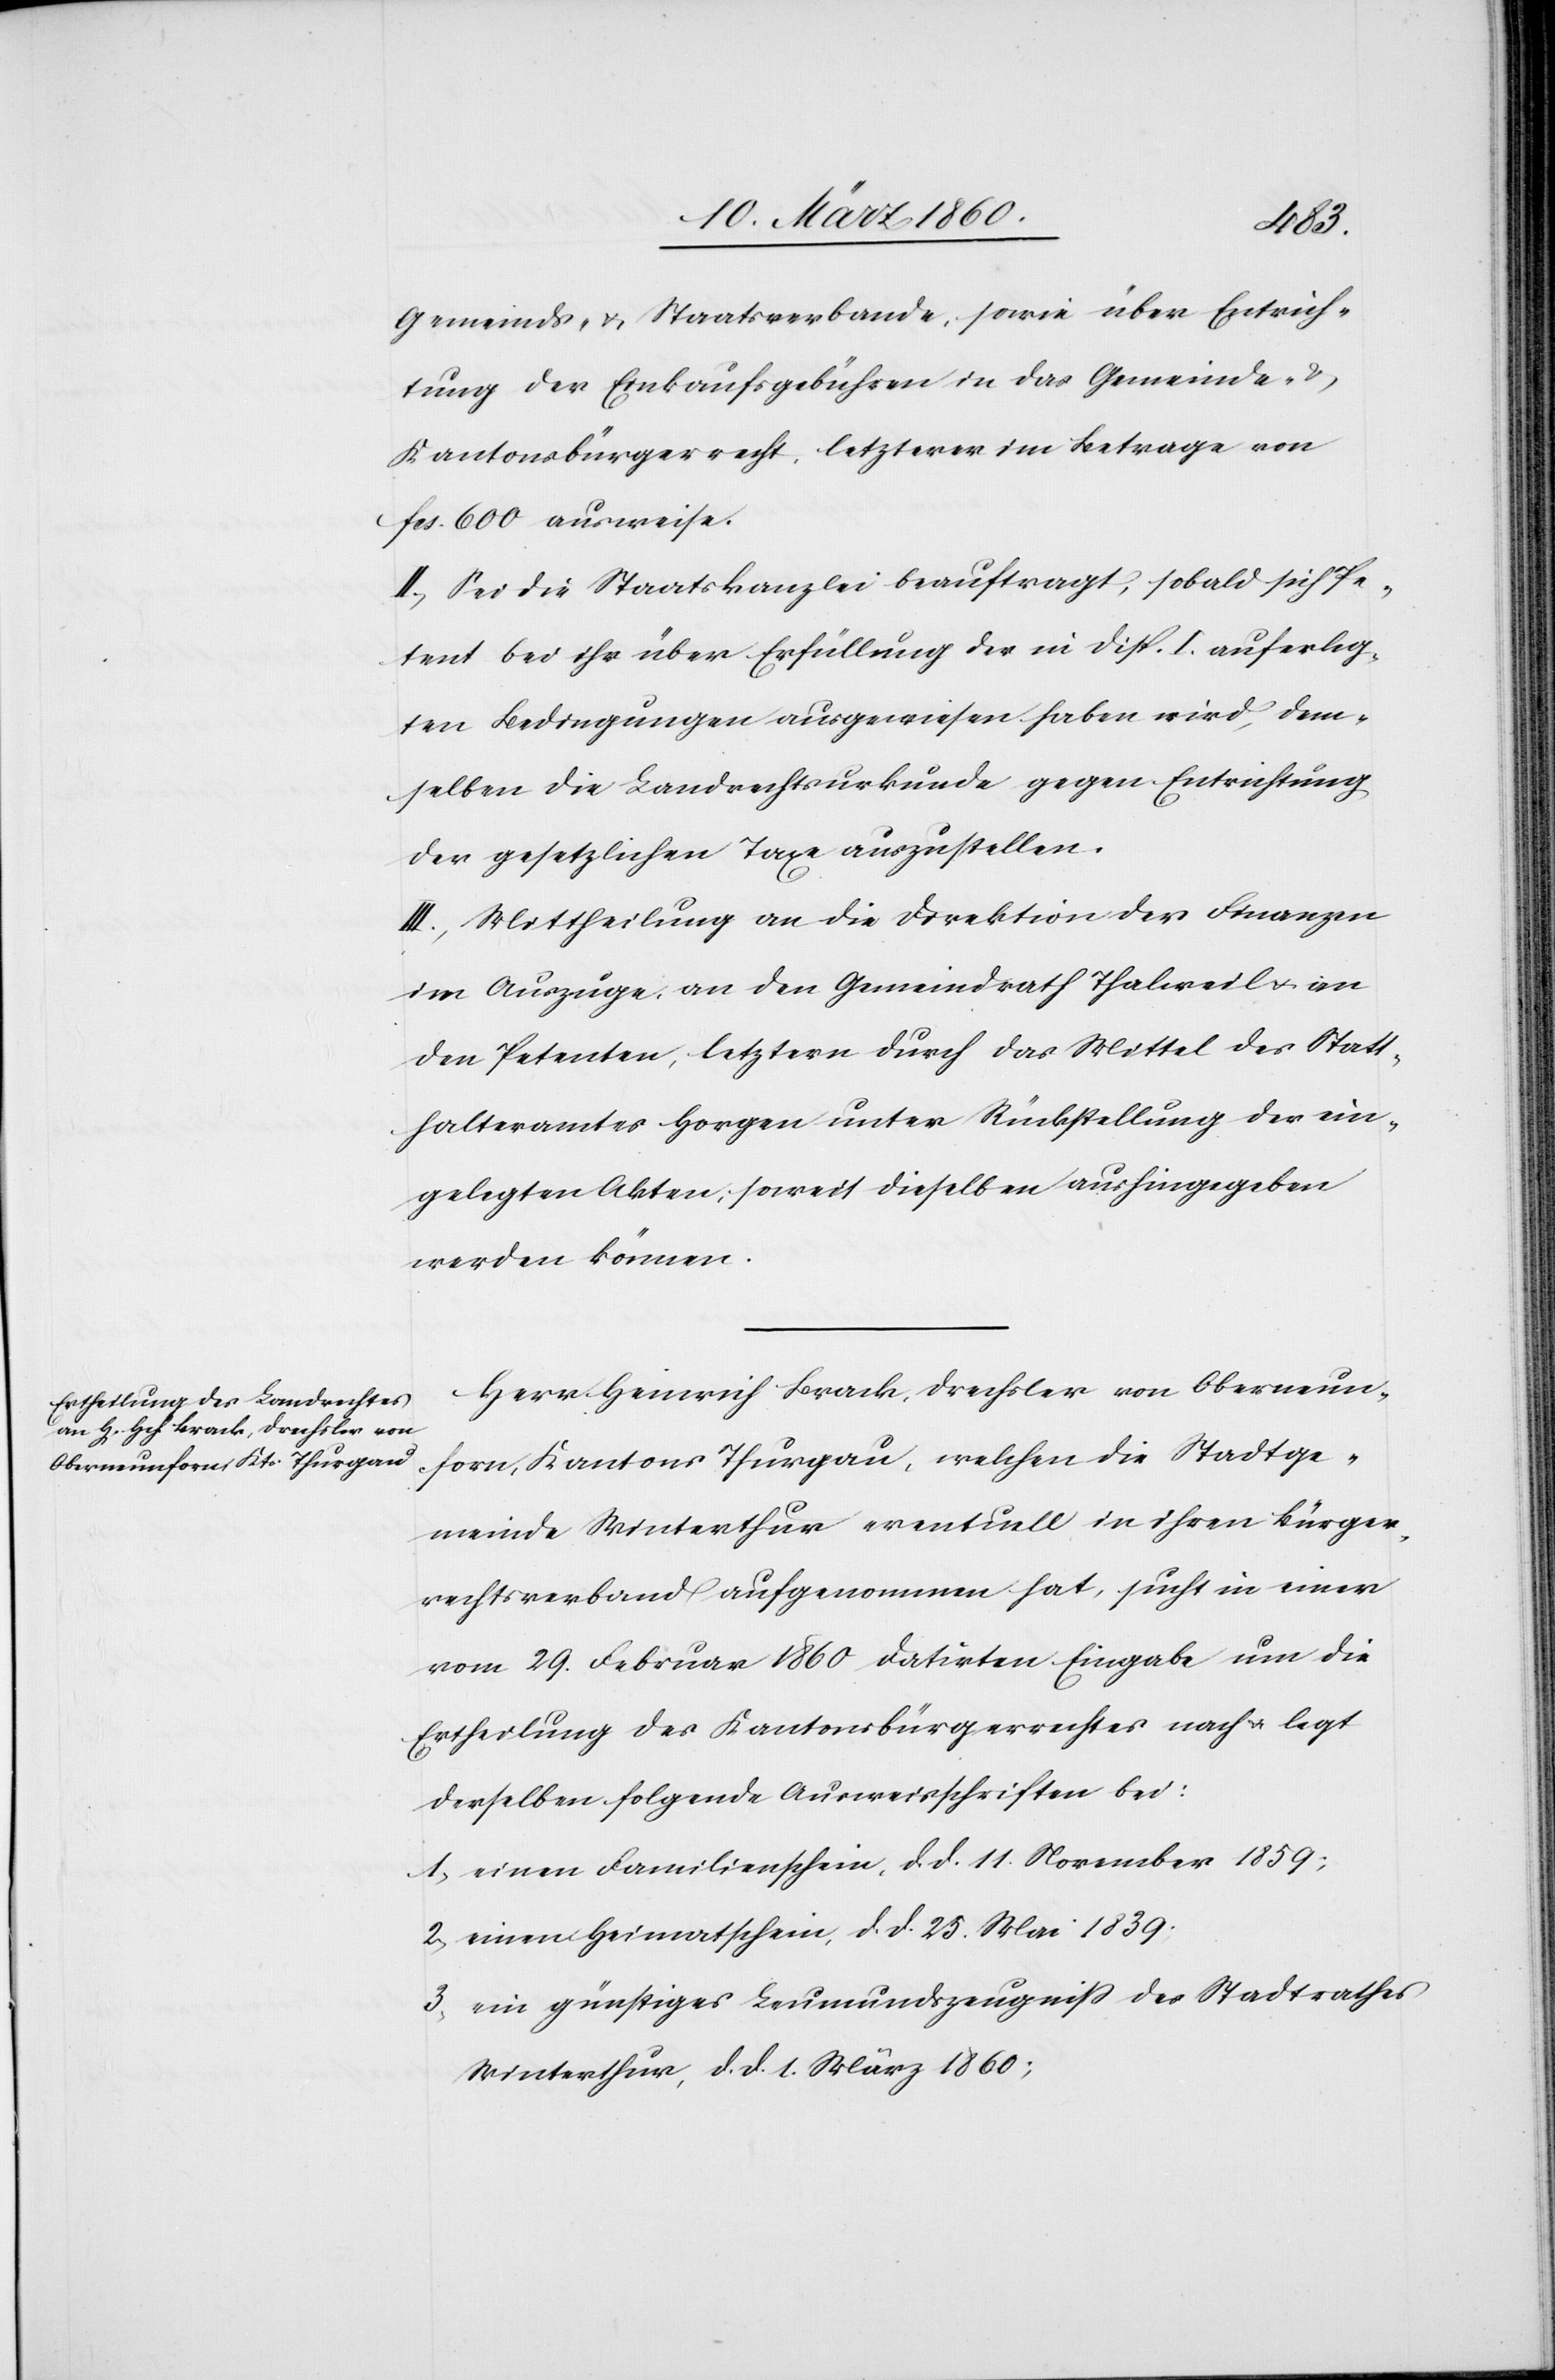
Gemeinds- u. Staatsverbande, sowie über Entrich¬
tung der Einkaufsgebühren in das Gemeinde u.
Kantonsbürgerecht, letzterer im Betrage von
fcs. 600. ausweise.
II. Sei die Staatskanzlei beauftragt, sobald sich Pe¬
tent bei ihr über Erfüllung der in Disp. I. auferleg¬
ten Bedingungen ausgewiesen haben wird, dem¬
selben die Landrechtsurkunde gegen Entrichtung
der gesetzlichen Taxe auszustellen.
III. Mittheilung an die Direktion der Finanzen
im Auszuge, an den Gemeindrath Thalweil u. an
den Petenten, letztern durch das Mittel des Statt¬
halteramtes Horgen unter Rückstellung der ein¬
gelegten Akten, soweit dieselben aushingegeben
werden können.
Herr Heinrich Brack, Drechsler von Oberneun¬
forn, Kantons Thurgau, welchen die Stadtge¬
meinde Winterthur eventuell in ihren Bürger¬
rechtsverband aufgenommen hat, sucht in einer
vom 29. Februar 1860 datirten Eingabe um die
Ertheilung des Kantonsbürgerrechtes nach u. legt
derselben folgende Ausweisschriften bei:
1. einen Familienschein, d. d. 11. November 1859;
2. einen Heimatschein, d. d. 25. Mai 1839;
3. ein günstiges Leumundszeugniss des Stadtrathes
Winterthur, d. d. 1. März 1860;